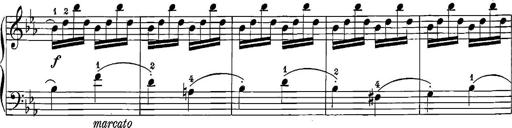
Title: 12 Sonatinas
Composer: Ignaz Pleyel